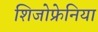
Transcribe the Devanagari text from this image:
शिजोफ्रेनिया